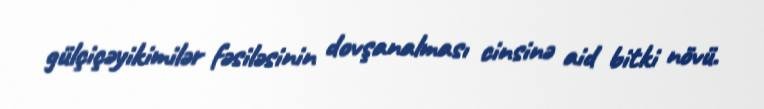
gülçiçəyikimilər fəsiləsinin dovşanalması cinsinə aid bitki növü.